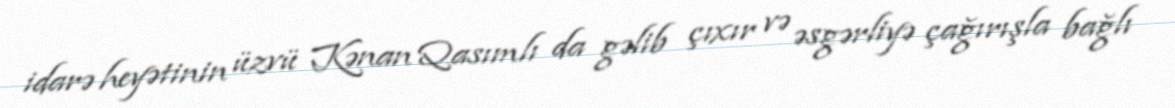
idarə heyətinin üzvü Kənan Qasımlı da gəlib çıxır və əsgərliyə çağırışla bağlı